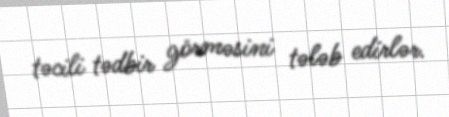
təcili tədbir görməsini tələb edirlər.